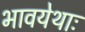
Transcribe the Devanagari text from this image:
भावयेथाः